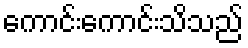
ကောင်းကောင်းသိသည်